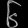
Digit: ၆